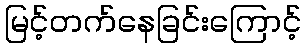
မြင့်တက်နေခြင်းကြောင့်